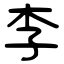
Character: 李